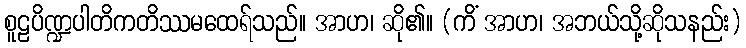
စူဠပိဏ္ဍပါတိကတိဿမထေရ်သည်။ အာဟ၊ ဆို၏။ (ကိံ အာဟ၊ အဘယ်သို့ဆိုသနည်း)